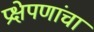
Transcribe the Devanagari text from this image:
प्रक्षेपणांचा